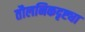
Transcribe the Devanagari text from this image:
तौलनिकदृष्ट्या